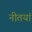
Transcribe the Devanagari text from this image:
नीतयां